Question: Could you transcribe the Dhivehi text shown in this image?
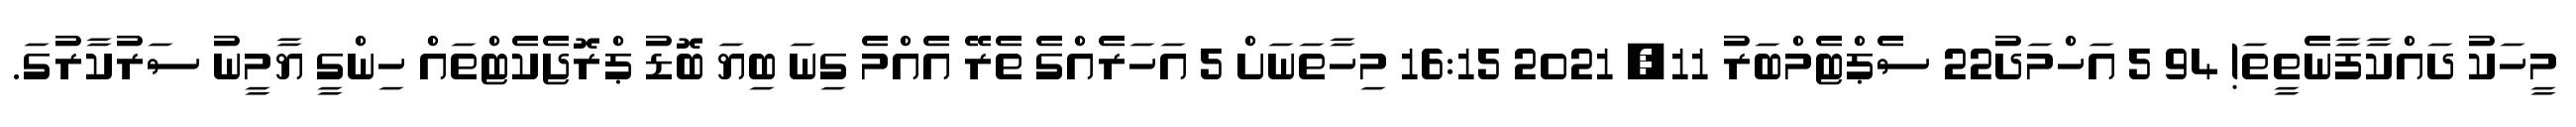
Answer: މީހަކު ދައްކާފާނެތީތަ! 94 5 އަހްމަދު22 ސެޕްޓެމްބަރު 11, 2021 16:15 މިހާތަނަށް 5 އަހަރެއްގެ ތެރޭ އެއްމެ ގިނަ ބިޔަ ބޮޑު ޕްރޮޖެކެޓްތައް ހިންގީ ޔާމީނު ސަރުކާރުގަ.